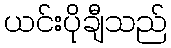
ယင်းပိုချီသည်